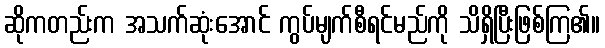
ဆိုကတည်းက အသက်ဆုံးအောင် ကွပ်မျက်စီရင်မည်ကို သိရှိပြီးဖြစ်ကြ၏။